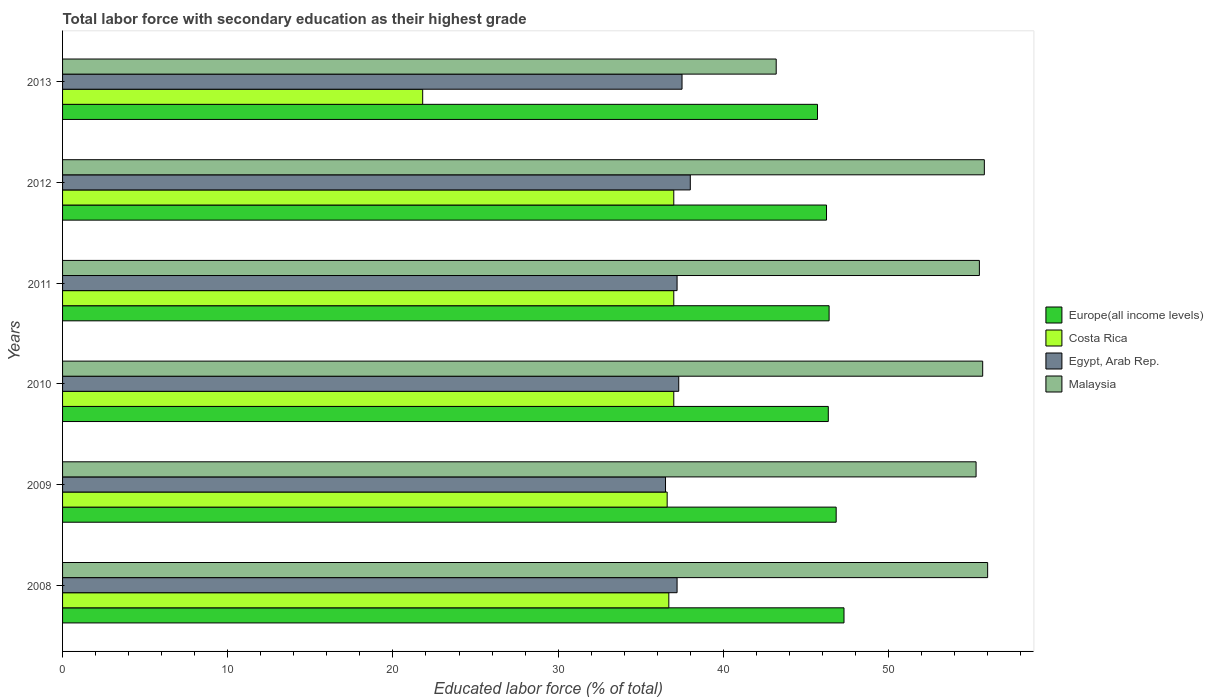
| Years | Europe(all income levels) | Costa Rica | Egypt, Arab Rep. | Malaysia |
 | --- | --- | --- | --- | --- |
 | 2008 | 47.3 | 36.7 | 37.2 | 56 |
 | 2009 | 46.8 | 36.6 | 36.5 | 55.3 |
 | 2010 | 46.4 | 37 | 37.3 | 55.7 |
 | 2011 | 46.4 | 37 | 37.2 | 55.5 |
 | 2012 | 46.2 | 37 | 38 | 55.8 |
 | 2013 | 45.7 | 21.8 | 37.5 | 43.2 |